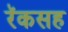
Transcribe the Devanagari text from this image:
रॅकसह